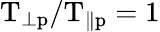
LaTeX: \mathrm{T_{\perp p}/T_{\parallel p}=1}